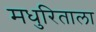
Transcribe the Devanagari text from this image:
मधुरिताला